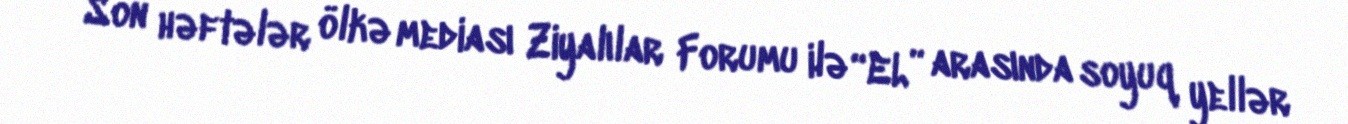
Son həftələr ölkə mediası Ziyalılar Forumu ilə “EL” arasında soyuq yellər